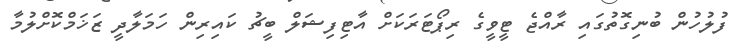
ފުލުހުން ބުނިގޮތުގައި ރާއްޖެ ޓީވީގެ ރިޕޯޓަރަކަށް އާޓިފިޝަލް ބީޗު ކައިރިން ހަމަލާދީ ޒަޚަމްކޮށްލުމާ